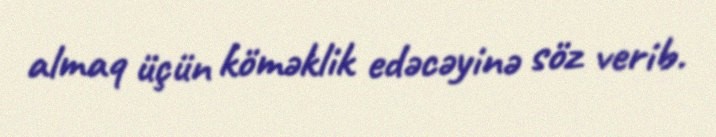
almaq üçün köməklik edəcəyinə söz verib.